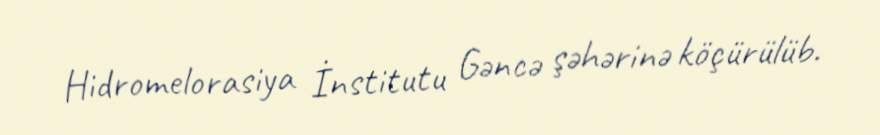
Hidromelorasiya İnstitutu Gəncə şəhərinə köçürülüb.